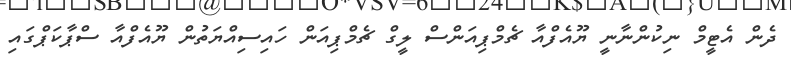
ދެން އެޓީމް ނިކުންނާނީ ޔޫއެފްއާ ޗެމްޕިއަންސް ލީގް ޗެމްޕިއަން ހައިސިއްޔަތުން ޔޫއެފްއާ ސްޕާކަޕްގައި